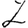
Digit: 2